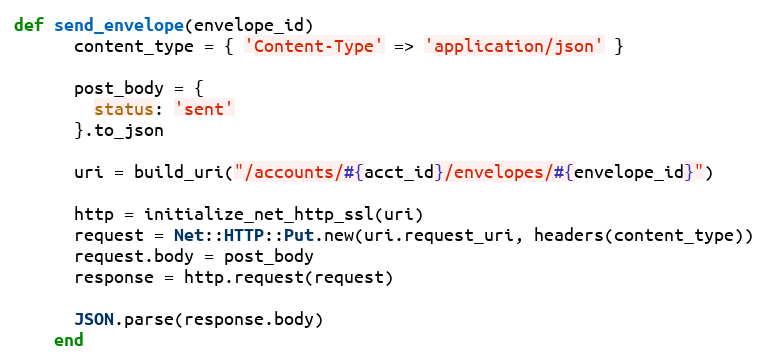
Language: Ruby
def send_envelope(envelope_id)
      content_type = { 'Content-Type' => 'application/json' }

      post_body = {
        status: 'sent'
      }.to_json

      uri = build_uri("/accounts/#{acct_id}/envelopes/#{envelope_id}")

      http = initialize_net_http_ssl(uri)
      request = Net::HTTP::Put.new(uri.request_uri, headers(content_type))
      request.body = post_body
      response = http.request(request)

      JSON.parse(response.body)
    end